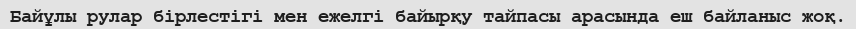
Байұлы рулар бірлестігі мен ежелгі байырқу тайпасы арасында еш байланыс жоқ.